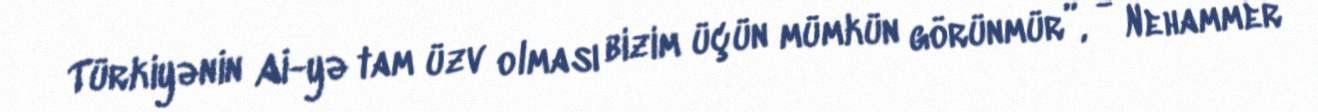
Türkiyənin Aİ-yə tam üzv olması bizim üçün mümkün görünmür”, - Nehammer